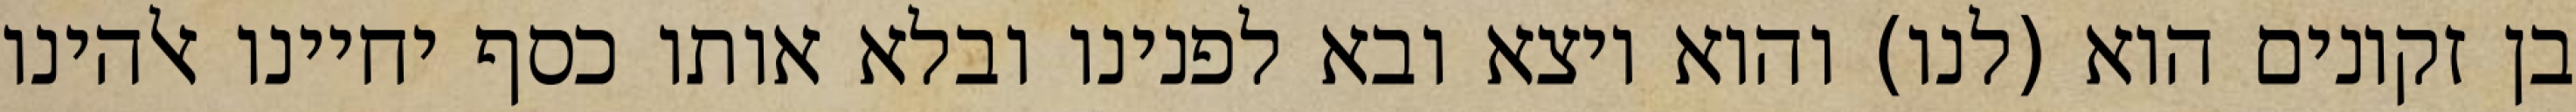
בן זקונים הוא (לנו) והוא יוצא ובא לפנינו ובלא אותו כסף יחיינו אלהינו